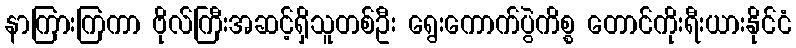
နာကြားကြကာ ဗိုလ်ကြီးအဆင့်ရှိသူတစ်ဦး ရွေးကောက်ပွဲကိစ္စ တောင်ကိုးရီးယားနိုင်ငံ